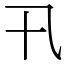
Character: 卂